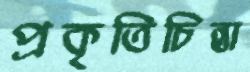
প্রকৃতিচিন্তা